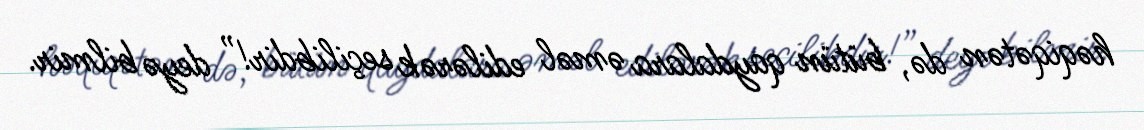
həqiqətən də, bütün qaydalara əməl edilərək seçilibdir!” deyə bilmir.